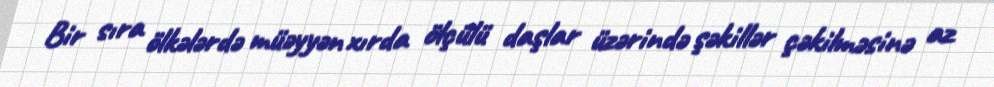
Bir sıra ölkələrdə müəyyən xırda ölçülü daşlar üzərində şəkillər çəkilməsinə az